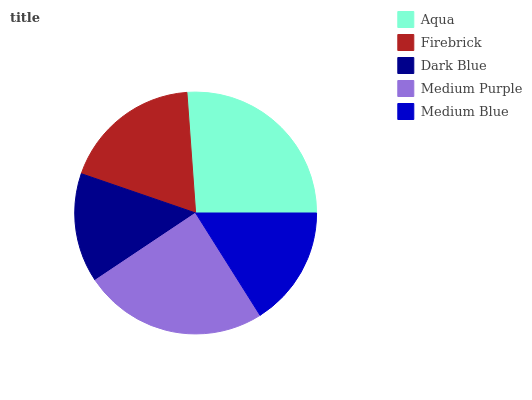
| Aqua | Firebrick | Dark Blue | Medium Purple | Medium Blue |
 | --- | --- | --- | --- | --- |
 | 26.1% | 18.6% | 14.6% | 24.5% | 16.1% |